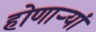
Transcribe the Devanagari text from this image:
होणाऱ्यां